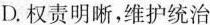
D.权责明晰，维护统治